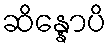
ဆိန္နောပိ